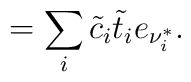
=\sum_i \tilde{c}_i \tilde{t}_i e_{\nu_i^*}{}.